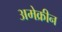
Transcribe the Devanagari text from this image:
अमेक्रीन